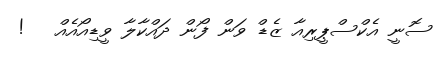
ސޮނީ އެކްސްޕީރިއާ ޒެޑް ވަން ފޯން ދައްކާލާ ވީޑިއޯއެއް   !